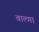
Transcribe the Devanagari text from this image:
वाल्गा